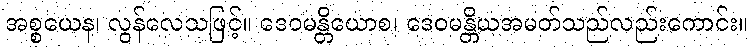
အစ္စယေန၊ လွန်လေသဖြင့်။ ဒေဝမန္တိယောစ၊ ဒေဝမန္တိယအမတ်သည်လည်းကောင်း။